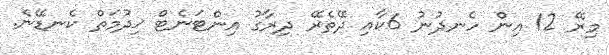
މިރޭ 12 އިން ހެނދުނު 6ކާއި ދޭތެރޭ ދިރާގު އިންޓަނެޓް ޚިދުމަތް ކެނޑޭނެ.